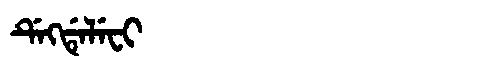
Manchu: ᡩᡝᡴᡩᡝᠯᡝᠸᡳ
Romanization: DEKDELEFI